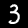
Digit: 3